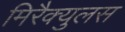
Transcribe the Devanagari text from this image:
मिरैक्युलस